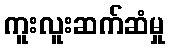
ကူးလူးဆက်ဆံမှု